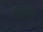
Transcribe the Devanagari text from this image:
मोठ्‍या